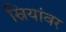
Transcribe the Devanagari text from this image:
स्रियांवर